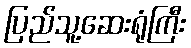
ပြည်သူ့ဆေးရုံကြီး